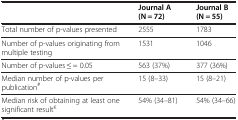
|  | Journal A (N = 72) | Journal B (N = 55) |
 | --- | --- | --- |
 | Total number of p-values presented | 2555 | 1783 |
 | Number of p-values originating from multiple testing | 1531 | 1046 |
 | Number of p-values ≤ = 0.05 | 563 (37%) | 377 (36%) |
 | Median number of p-values per publication# | 15 (8–33) | 15 (8–21) |
 | Median risk of obtaining at least one significant result€ | 54% (34–81) | 54% (34–66) |